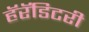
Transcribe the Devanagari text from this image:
हॅरॅडिटरी